Source: Handwritten
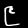
Digit: ၉ (9)